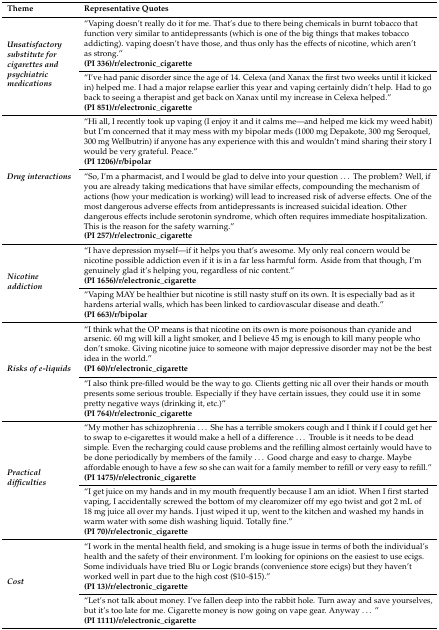
<table><thead><tr><td><b>Theme</b></td><td><b>Representative Quotes</b></td></tr></thead><tbody><tr><td rowspan="4"><i><b>Unsatisfactory substitute for cigarettes and psychiatric medications</b></i></td><td>“Vaping doesn’t really do it for me. That’s due to there being chemicals in burnt tobacco that function very similar to antidepressants (which is one of the big things that makes tobacco addicting). vaping doesn’t have those, and thus only has the effects of nicotine, which aren’t as strong.”</td></tr><tr><td><b>(PI 336)/r/electronic_cigarette</b></td></tr><tr><td>“I’ve had panic disorder since the age of 14. Celexa (and Xanax the first two weeks until it kicked in) helped me. I had a major relapse earlier this year and vaping certainly didn’t help. Had to go back to seeing a therapist and get back on Xanax until my increase in Celexa helped.”</td></tr><tr><td><b>(PI 851)/r/electronic_cigarette</b></td></tr><tr><td rowspan="4"><b><i>Drug interactions</i></b></td><td>“Hi all, I recently took up vaping (I enjoy it and it calms me—and helped me kick my weed habit) but I’m concerned that it may mess with my bipolar meds (1000 mg Depakote, 300 mg Seroquel, 300 mg Wellbutrin) if anyone has any experience with this and wouldn’t mind sharing their story I would be very grateful. Peace.”</td></tr><tr><td><b>(PI 1206)/r/bipolar</b></td></tr><tr><td>“So, I’m a pharmacist, and I would be glad to delve into your question ... The problem? Well, if you are already taking medications that have similar effects, compounding the mechanism of actions (how your medication is working) will lead to increased risk of adverse effects. One of the most dangerous adverse effects from antidepressants is increased suicidal ideation. Other dangerous effects include serotonin syndrome, which often requires immediate hospitalization. This is the reason for the safety warning.”</td></tr><tr><td><b>(PI 257)/r/electronic_cigarette</b></td></tr><tr><td rowspan="4"><b><i>Nicotine addiction</i></b></td><td>“I have depression myself—if it helps you that’s awesome. My only real concern would be nicotine possible addiction even if it is in a far less harmful form. Aside from that though, I’m genuinely glad it’s helping you, regardless of nic content.”</td></tr><tr><td><b>(PI 1656)/r/electronic_cigarette</b></td></tr><tr><td>“Vaping MAY be healthier but nicotine is still nasty stuff on its own. It is especially bad as it hardens arterial walls, which has been linked to cardiovascular disease and death.”</td></tr><tr><td><b>(PI 663)/r/bipolar</b></td></tr><tr><td rowspan="4"><b><i>Risks of e-liquids</i></b></td><td>“I think what the OP means is that nicotine on its own is more poisonous than cyanide and arsenic. 60 mg will kill a light smoker, and I believe 45 mg is enough to kill many people who don’t smoke. Giving nicotine juice to someone with major depressive disorder may not be the best idea in the world.”</td></tr><tr><td><b>(PI 60)/r/electronic_cigarette</b></td></tr><tr><td>“I also think pre-filled would be the way to go. Clients getting nic all over their hands or mouth presents some serious trouble. Especially if they have certain issues, they could use it in some pretty negative ways (drinking it, etc.)”</td></tr><tr><td><b>(PI 764)/r/electronic_cigarette</b></td></tr><tr><td rowspan="4"><b><i>Practical difficulties</i></b></td><td>“My mother has schizophrenia ... She has a terrible smokers cough and I think if I could get her to swap to e-cigarettes it would make a hell of a difference ... Trouble is it needs to be dead simple. Even the recharging could cause problems and the refilling almost certainly would have to be done periodically by members of the family ... Good charge and easy to charge. Maybe affordable enough to have a few so she can wait for a family member to refill or very easy to refill.”</td></tr><tr><td><b>(PI 1475)/r/electronic_cigarette</b></td></tr><tr><td>“I get juice on my hands and in my mouth frequently because I am an idiot. When I first started vaping, I accidentally screwed the bottom of my clearomizer off my ego twist and got 2 mL of 18 mg juice all over my hands. I just wiped it up, went to the kitchen and washed my hands in warm water with some dish washing liquid. Totally fine.”</td></tr><tr><td><b>(PI 70)/r/electronic_cigarette</b></td></tr><tr><td rowspan="4"><b><i>Cost</i></b></td><td>“I work in the mental health field, and smoking is a huge issue in terms of both the individual’s health and the safety of their environment. I’m looking for opinions on the easiest to use ecigs. Some individuals have tried Blu or Logic brands (convenience store ecigs) but they haven’t worked well in part due to the high cost ($10–$15).”</td></tr><tr><td><b>(PI 13)/r/electronic_cigarette</b></td></tr><tr><td>“Let’s not talk about money. I’ve fallen deep into the rabbit hole. Turn away and save yourselves, but it’s too late for me. Cigarette money is now going on vape gear. Anyway...”</td></tr><tr><td><b>(PI 1111)/r/electronic_cigarette</b></td></tr></tbody></table>